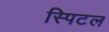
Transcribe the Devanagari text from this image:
स्पिटल